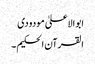
ابو الاعلیٰ مودودی
القرآن الحکیم ۔